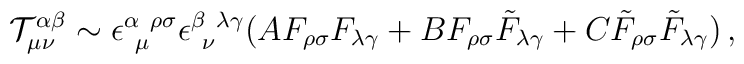
{\cal T}^{\alpha\beta}_{\mu\nu} \sim\epsilon^{\alpha~\rho\sigma}_{~\mu} \epsilon^{\beta~\lambda\gamma}_{~\nu}\big( A F_{\rho\sigma}F_{\lambda\gamma} + B F_{\rho\sigma}\tilde F_{\lambda\gamma} + C \tilde F_{\rho\sigma}\tilde F_{\lambda\gamma} \big)\,,